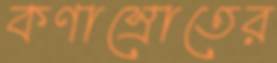
কণাস্রোতের